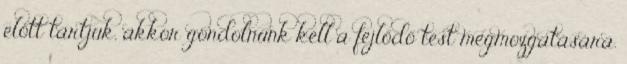
előtt tartjuk, akkor gondolnunk kell a fejlődő test megmozgatására.